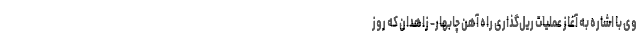
وی با اشاره به آغاز عملیات ریل‌گذاری راه آهن چابهار- زاهدان که روز